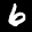
Label: 6